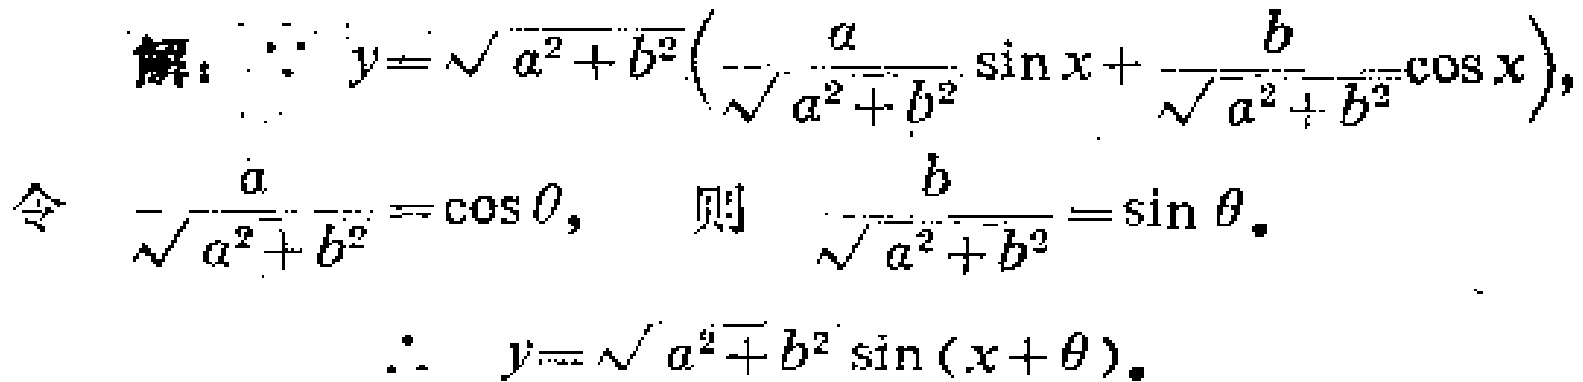
解：$\because y = \sqrt{a^{2}+b^{2}}\left(\frac{a}{\sqrt{a^{2}+b^{2}}}\sin x+\frac{b}{\sqrt{a^{2}+b^{2}}}\cos x\right)$，
令$\frac{a}{\sqrt{a^{2}+b^{2}}}=\cos\theta$，则$\frac{b}{\sqrt{a^{2}+b^{2}}}=\sin\theta$。
$\therefore y = \sqrt{a^{2}+b^{2}}\sin(x + \theta)$。